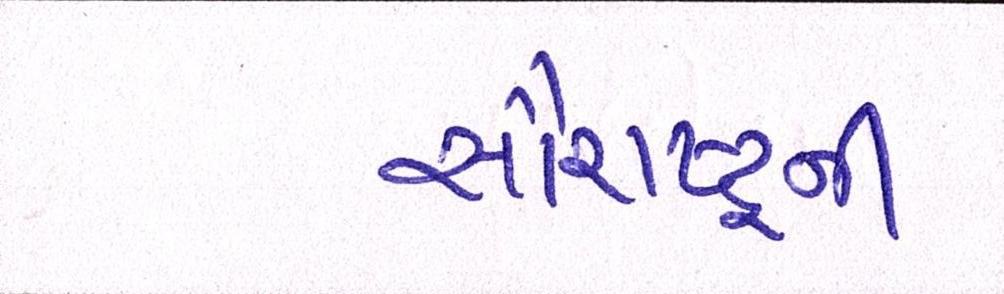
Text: સૌરાષ્ટ્ર્રની